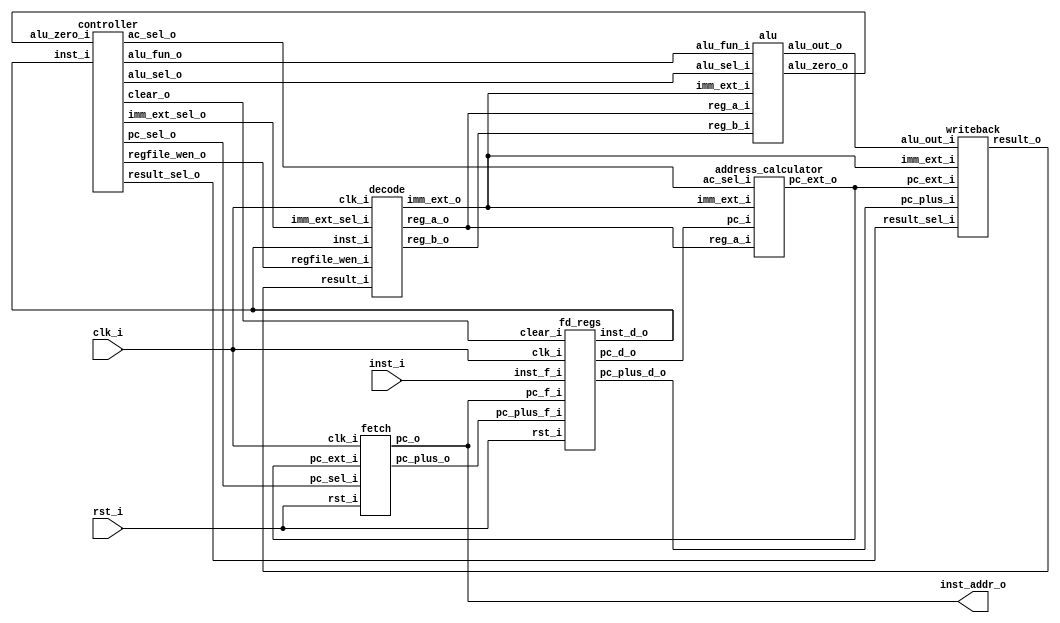
// Matrak M10 RV32I RISC-V Processor
// Glpare II Architechture 2023
// Processor Module

module matrak (
   input                clk_i,
   input                rst_i,
   input [31:0]         inst_i,
   output [31:0]        inst_addr_o
);

   // Getirme birimi balantlar
   wire c2f_pc_sel;
   wire [31:0] ac2f_pc_ext;
   wire [31:0] f2fd_pc_plus;

   fetch f1 (
      .clk_i(clk_i),
      .rst_i(rst_i),
      .pc_sel_i(c2f_pc_sel),
      .pc_ext_i(ac2f_pc_ext),
      .pc_o(inst_addr_o),
      .pc_plus_o(f2fd_pc_plus)
   );

   // Boru hatt kaydedicisi balantlar
   wire [31:0] fd2d_inst;
   wire [31:0] fd2ac_pc;
   wire [31:0] fd2w_pc_plus;
   wire c2fd_clear;

   fd_regs fd1 (
      .clk_i(clk_i),
      .rst_i(rst_i),
      .clear_i(c2fd_clear),
      .inst_f_i(inst_i),
      .pc_f_i(inst_addr_o),
      .pc_plus_f_i(f2fd_pc_plus),
      .inst_d_o(fd2d_inst),
      .pc_d_o(fd2ac_pc),
      .pc_plus_d_o(fd2w_pc_plus)
   );

   // zme modl balantlar
   wire c2d_regfile_wen;
   wire [2:0] c2d_imm_ext_sel;
   wire [31:0] w2d_result;
   wire [31:0] d2a_reg_a;
   wire [31:0] d2a_reg_b;
   wire [31:0] d2a_imm_ext;

   decode d1 (
      .clk_i(clk_i),
      .regfile_wen_i(c2d_regfile_wen),
      .imm_ext_sel_i(c2d_imm_ext_sel),
      .inst_i(fd2d_inst),
      .result_i(w2d_result),
      .reg_a_o(d2a_reg_a),
      .reg_b_o(d2a_reg_b),
      .imm_ext_o(d2a_imm_ext)
   );

   // ALU balantlar
   wire c2a_alu_sel;
   wire [3:0] c2a_alu_fun;
   wire [31:0] a2w_alu_out;
   wire a2c_alu_zero;

   alu a1 (
      .alu_sel_i(c2a_alu_sel),
      .alu_fun_i(c2a_alu_fun),
      .reg_a_i(d2a_reg_a),
      .reg_b_i(d2a_reg_b),
      .imm_ext_i(d2a_imm_ext),
      .alu_zero_o(a2c_alu_zero),
      .alu_out_o(a2w_alu_out)
   );

   // Adres hesaplayc balantlar
   wire c2ac_ac_sel;

   address_calculator ac1(
      .ac_sel_i(c2ac_ac_sel),
      .pc_i(fd2ac_pc),
      .imm_ext_i(d2a_imm_ext),
      .reg_a_i(d2a_reg_a),
      .pc_ext_o(ac2f_pc_ext)
   );

   // Geriyazma birimi balantlar
   wire [1:0] c2w_result_sel;

   writeback w1 (
      .result_sel_i(c2w_result_sel),
      .alu_out_i(a2w_alu_out),
      .pc_plus_i(fd2w_pc_plus),
      .imm_ext_i(d2a_imm_ext),
      .pc_ext_i(ac2f_pc_ext),
      .result_o(w2d_result)
   );

   controller c1 (
      .inst_i(fd2d_inst),
      .alu_zero_i(a2c_alu_zero),
      .regfile_wen_o(c2d_regfile_wen),
      .imm_ext_sel_o(c2d_imm_ext_sel),
      .alu_sel_o(c2a_alu_sel),
      .alu_fun_o(c2a_alu_fun),
      .pc_sel_o(c2f_pc_sel),
      .ac_sel_o(c2ac_ac_sel),
      .result_sel_o(c2w_result_sel),
      .clear_o(c2fd_clear)
   );

endmodule

module fetch (
   input                clk_i,
   input                rst_i,
   input                pc_sel_i,   // Program sayac seim girii
   input [31:0]         pc_ext_i,   // Dallanma adres girii
   output reg [31:0]    pc_o,       // Program sayac k
   output [31:0]        pc_plus_o   // Program sayac + 4 k
);

   // Program sayacna 4 ekle
   assign pc_plus_o = pc_o + 4;

   // Dallanma adresi veya PC + 4 
   wire [31:0] pc_next = pc_sel_i ? pc_ext_i : pc_plus_o;

   always @(posedge clk_i, posedge rst_i) begin
      if (rst_i) begin
         pc_o <= 32'h0000_0000;
      end else begin
         pc_o <= pc_next;
      end
   end

endmodule

module fd_regs (
   input                clk_i,
   input                rst_i,
   input                clear_i,     // Sfrlama sinyali (boru hatt boaltma)
   input [31:0]         inst_f_i,    // Buyruk girii (bellekten geliyor)
   input [31:0]         pc_f_i,      // Progam sayac girii (getirme biriminden geliyor)
   input [31:0]         pc_plus_f_i, // Program sayac + 4 girii (getirme biriminden geliyor)
   output reg [31:0]    inst_d_o,    // Buyruk k (yrtme aamasna gidiyor)
   output reg [31:0]    pc_d_o,      // Program sayac k (yrtme aamasna gidiyor)
   output reg [31:0]    pc_plus_d_o  // Program sayac + 4 k (yrtme aamasna gidiyor)
);

   always @(posedge clk_i, posedge rst_i) begin
      if (rst_i) begin
         inst_d_o    <= 32'b0;
         pc_d_o      <= 32'b0;
         pc_plus_d_o <= 32'b0;
      end else begin
         if (clear_i) begin // Boru hatt boaltlyor.
            inst_d_o    <= 32'b0;
            pc_d_o      <= 32'b0;
            pc_plus_d_o <= 32'b0;
         end else begin
            inst_d_o    <= inst_f_i;
            pc_d_o      <= pc_f_i;
            pc_plus_d_o <= pc_plus_f_i;
         end
      end
   end

endmodule

module decode (
   input                   clk_i,
   input                   regfile_wen_i, // Kaydedici dosyas yazma yetkilendirme
   input [2:0]             imm_ext_sel_i, // vedi geniletici format seimi
   input [31:0]            inst_i,        // Boru hatt kaydedicisinden gelen buyruk
   input [31:0]            result_i,      // Hedef kaydedicisine (rd) yazlacak deer 
   output [31:0]           reg_a_o,       // Birinci kaynak kaydedicisinin (rs1) deeri
   output [31:0]           reg_b_o,       // kinci kaynak kaydedicisinin (rs2) deeri
   output reg [31:0]       imm_ext_o      // vedi genileticinin k
);

   // 32 bit genilikte 32 adet kaydedicili kaydedici dosyas
   reg [31:0] regfile [31:0];

   // Kaydedici adreslerini buyruktan aykla
   wire [4:0] reg_a_addr      = inst_i[19:15];  // rs1 adres
   wire [4:0] reg_b_addr      = inst_i[24:20];  // rs2 adres
   wire [4:0] target_reg_addr = inst_i[11:7];   // rd adres

   // Kaydedici dosyasndan oku
   assign reg_a_o = (reg_a_addr == 5'b0) ? 32'b0 : regfile[reg_a_addr]; // rs1 deeri
   assign reg_b_o = (reg_b_addr == 5'b0) ? 32'b0 : regfile[reg_b_addr]; // rs2 deeri

   // Kaydedici dosyasna yaz
   always @(posedge clk_i) begin
      if (regfile_wen_i) begin
         regfile[target_reg_addr] <= result_i;
      end
   end

   // vedi geniletici
   always @(*) begin
      case (imm_ext_sel_i)
         3'b000   : imm_ext_o = {{20{inst_i[31]}}, inst_i[31:20]}; // I-type
         3'b001   : imm_ext_o = {{20{inst_i[31]}}, inst_i[7], inst_i[30:25], inst_i[11:8], 1'b0}; // B-type
         3'b010   : imm_ext_o = {{12{inst_i[31]}}, inst_i[19:12], inst_i[20], inst_i[30:21], 1'b0}; // J-type
         3'b011   : imm_ext_o = {inst_i[31:12], 12'b0}; // U-type
         default  : imm_ext_o = 32'b0; 
      endcase
   end

endmodule

module alu (
   input                      alu_sel_i,  // kinci ilenenin seim sinyali (rs2 veya imm)
   input [3:0]                alu_fun_i,  // lem seim sinyali
   input [31:0]               reg_a_i,    // rs1 deeri
   input [31:0]               reg_b_i,    // rs2 deeri
   input [31:0]               imm_ext_i,  // imm deeri
   output                     alu_zero_o, // Sonu sfr sinyali
   output reg [31:0]          alu_out_o   // Sonu deeri
);

   // Birinci ilenen iki buyruk formatnda da sabit.
   wire signed [31:0] alu_a = reg_a_i;
   // kinci ilenen seim sinyaline gre belirleniyor.
   wire signed [31:0] alu_b = alu_sel_i ? imm_ext_i : reg_b_i;

   // Sonu 0'a eit ise alu_zero_o sinyali 1 olur.
   assign alu_zero_o = ~(|alu_out_o);

   always @(*) begin
      case (alu_fun_i)
         4'b0000  : alu_out_o = alu_a + alu_b;           // Toplama 
         4'b0001  : alu_out_o = alu_a - alu_b;           // karma
         4'b0010  : alu_out_o = alu_a & alu_b;           // VE
         4'b0011  : alu_out_o = alu_a ^ alu_b;           // XOR
         4'b0100  : alu_out_o = alu_a | alu_b;           // VEYA
         4'b0101  : alu_out_o = alu_a << alu_b[4:0];     // Sola kaydrma
         4'b0110  : alu_out_o = alu_a >> alu_b[4:0];     // Saa kaydrma
         4'b0111  : alu_out_o = alu_a >>> alu_b[4:0];    // Aritmetik saa kaydrma
         4'b1000  : alu_out_o = {31'b0, alu_a == alu_b}; // Eitse alu_out_o = 1, deilse alu_out_o = 0 (beq, bne)
         4'b1001  : alu_out_o = {31'b0, alu_a < alu_b};  // Kkse alu_out_o = 1, deilse alu_out_o = 0 (blt, bge, slt, slti)
         4'b1010  : alu_out_o = {31'b0, $unsigned(alu_a) < $unsigned(alu_b)}; // (aretsiz) kkse alu_out_o = 1, deilse alu_out_o = 0 (bltu, bgeu, sltu, sltiu)
         default  : alu_out_o = 32'bx;                   // Geersiz alu_fun_i sinyali
      endcase
   end

endmodule

module address_calculator (
   input                      ac_sel_i,   // Kontrol biriminden gelen kaynak seim sinyali
   input [31:0]               pc_i,       // Boru hatt kaydedicisinden gelen program sayacnn deeri
   input [31:0]               imm_ext_i,  // zme biriminden gelen ivedi deer
   input [31:0]               reg_a_i,    // zme biriminden gelen rs1 deeri
   output [31:0]              pc_ext_o    // Program sayacna yazlacak adres
);

   wire [31:0] operand = ac_sel_i ? reg_a_i : pc_i;

   assign pc_ext_o = operand + imm_ext_i;

endmodule

module writeback (
   input [1:0]                result_sel_i,  // Kontrol biriminden gelen seim sinyali
   input [31:0]               alu_out_i,     // ALU sonucu
   input [31:0]               pc_plus_i,     // Program sayac + 4
   input [31:0]               imm_ext_i,     // vedi deer
   input [31:0]               pc_ext_i,      // Adres hesaplaycdan gelen adres
   output reg [31:0]          result_o       // Kaydedici dosyasna yazlacak deer
);

   always @(*) begin
      case (result_sel_i)
         2'b00    : result_o = alu_out_i;
         2'b01    : result_o = pc_plus_i;
         2'b10    : result_o = imm_ext_i;
         2'b11    : result_o = pc_ext_i;
         default  : result_o = 32'bx;
      endcase
   end

endmodule

module controller (
   input [31:0]               inst_i,        // Boru hatt kaydedicisinden gelen buyruk
   input                      alu_zero_i,    // ALU'dan gelen sonu sfr sinyali
   output                     regfile_wen_o, // Kaydedici dosyas yazma yetkilendirme sinyali
   output [2:0]               imm_ext_sel_o, // vedi geniletici format seim sinyali
   output                     alu_sel_o,     // ALU ikinci ilenen seim sinyali
   output reg [3:0]           alu_fun_o,     // ALU ilem seim sinyali
   output                     pc_sel_o,      // Program sayac adres seim sinyali
   output                     ac_sel_o,      // Adres hesaplayc kaynak seim sinyali
   output [1:0]               result_sel_o,  // Geriyazma kaynak seim sinyali
   output                     clear_o        // Boru hatt boaltma sinyali
);

   // Buyruun gerekli blmleri ayklanyor.
   wire [6:0] opcode = inst_i[6:0];
   wire [2:0] funct3 = inst_i[14:12];
   wire [6:0] funct7 = inst_i[31:25];

   wire [1:0] alu_dec;
   wire branch_op;
   wire jump_op;

   reg [11:0] control_signals;
   assign {regfile_wen_o, imm_ext_sel_o, alu_sel_o, alu_dec, branch_op, jump_op, ac_sel_o, result_sel_o} = control_signals;

   always @(*) begin
      case (opcode)
         7'b0110011  : control_signals = 12'b1_xxx_0_11_0_0_0_00; // R-type buyruk
         7'b0010011  : control_signals = 12'b1_000_1_11_0_0_0_00; // I-type buyruk
         7'b1100011  : control_signals = 12'b0_001_0_01_1_0_0_00; // B-type buyruk
         7'b1101111  : control_signals = 12'b1_010_0_00_0_1_0_01; // jal
         7'b1100111  : control_signals = 12'b1_000_0_00_0_1_1_01; // jalr
         7'b0110111  : control_signals = 12'b1_011_0_00_0_0_0_10; // lui
         7'b0010111  : control_signals = 12'b1_011_0_00_0_0_0_11; // auipc
         7'b0000000  : control_signals = 12'b0_000_0_00_0_0_0_00; // Sfrlama durumu
         default     : control_signals = 12'bx_xxx_x_xx_x_0_0_xx; // Geersiz buyruk
      endcase
   end

   // Buyruk R-type ise ve funct7 deeri 0x20 ise karma ilemi anlamna gelir.
   wire sub = opcode[5] & funct7[5];

   // ALU'da yaplacak ilem belirleniyor.
   always @(*) begin
      case (alu_dec)
         2'b01    : // B-type
            case (funct3)
               3'b000   : alu_fun_o = 4'b1000; // beq
               3'b001   : alu_fun_o = 4'b1000; // bne
               3'b100   : alu_fun_o = 4'b1001; // blt
               3'b101   : alu_fun_o = 4'b1001; // bge
               3'b110   : alu_fun_o = 4'b1010; // bltu
               3'b111   : alu_fun_o = 4'b1010; // bgeu
               default  : alu_fun_o = 4'bx;
            endcase
         2'b11    : // R-type veya I-type
            case (funct3)
               3'b000   : // add-addi veya sub buyruu
                  if (sub) begin
                     alu_fun_o = 4'b0001; // sub
                  end else begin
                     alu_fun_o = 4'b0000; // add, addi
                  end
               3'b001   : alu_fun_o = 4'b0101; // sll, slli
               3'b010   : alu_fun_o = 4'b1001; // slt, slti
               3'b011   : alu_fun_o = 4'b1010; // sltu, sltiu
               3'b100   : alu_fun_o = 4'b0011; // xor, xori
               3'b101   : // srl, srli, sra, srai
                  if (funct7[5]) begin
                     alu_fun_o = 4'b0111; // sra, srai
                  end else begin
                     alu_fun_o = 4'b0110; // srl, srli
                  end
               3'b110   : alu_fun_o = 4'b0100; // or, ori
               3'b111   : alu_fun_o = 4'b0010; // and, andi
               default  : alu_fun_o = 4'b0000;
            endcase
         default  : alu_fun_o = 4'b0000; // Varsaylan ilem toplama
      endcase
   end

   reg branch_valid;

   always @(*) begin
      case (funct3)
         3'b000   : branch_valid = !alu_zero_i;   // beq
         3'b001   : branch_valid = alu_zero_i;    // bne
         3'b100   : branch_valid = !alu_zero_i;   // blt
         3'b101   : branch_valid = alu_zero_i;    // bge
         3'b110   : branch_valid = !alu_zero_i;   // bltu
         3'b111   : branch_valid = alu_zero_i;    // bgeu
         default  : branch_valid = 1'b0;
      endcase
   end

   assign pc_sel_o   = (branch_op & branch_valid) | jump_op; // Dallanma ve atlama durumu kontrol ediliyor.
   assign clear_o    = pc_sel_o; // Boru hattn boalt

endmodule